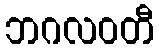
ဘဂလဝတီ